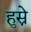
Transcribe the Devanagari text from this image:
हुस्ने